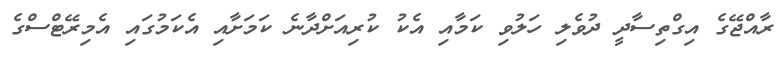
ރާއްޖޭގެ އިގްތިސާދީ ދުވެލި ހަލުވި ކަމާއި އެކު ކުރިއަށްދާނެ ކަމަށާއި އެކަމުގައި އެމިރޭޓްސްގެ